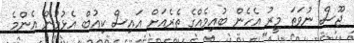
ޖޫސް ނުވަތަ މީރު އެހެން ބުއިމެއްގެ ތެރެއަށް އައިސް ކިއުބް އެޅުމުން އެންމެ